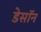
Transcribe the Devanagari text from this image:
डेसॉन